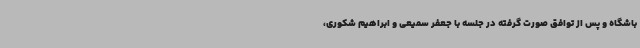
باشگاه و پس از توافق صورت گرفته در جلسه با جعفر سمیعی و ابراهیم شکوری،